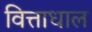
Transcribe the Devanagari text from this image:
वित्ताधाल